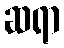
ဆရာ